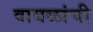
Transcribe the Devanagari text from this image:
वाघळांची